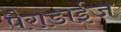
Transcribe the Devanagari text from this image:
पैराडाईज